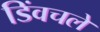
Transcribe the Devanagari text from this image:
डिंवचले